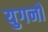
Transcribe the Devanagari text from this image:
युगनो